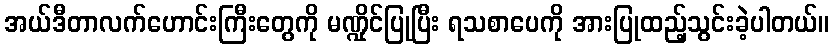
အယ်ဒီတာလက်ဟောင်းကြီးတွေကို မဏ္ဍိုင်ပြုပြီး ရသစာပေကို အားပြုထည့်သွင်းခဲ့ပါတယ်။